Bréfritari: Sigríður Pálsdóttir
Viðtakandi: Páll Pálsson
Dagsetning: A-1863-11-21
Skrifað á: Breiðabólsstað  Rang.
Páll var bróðir Sigríðar

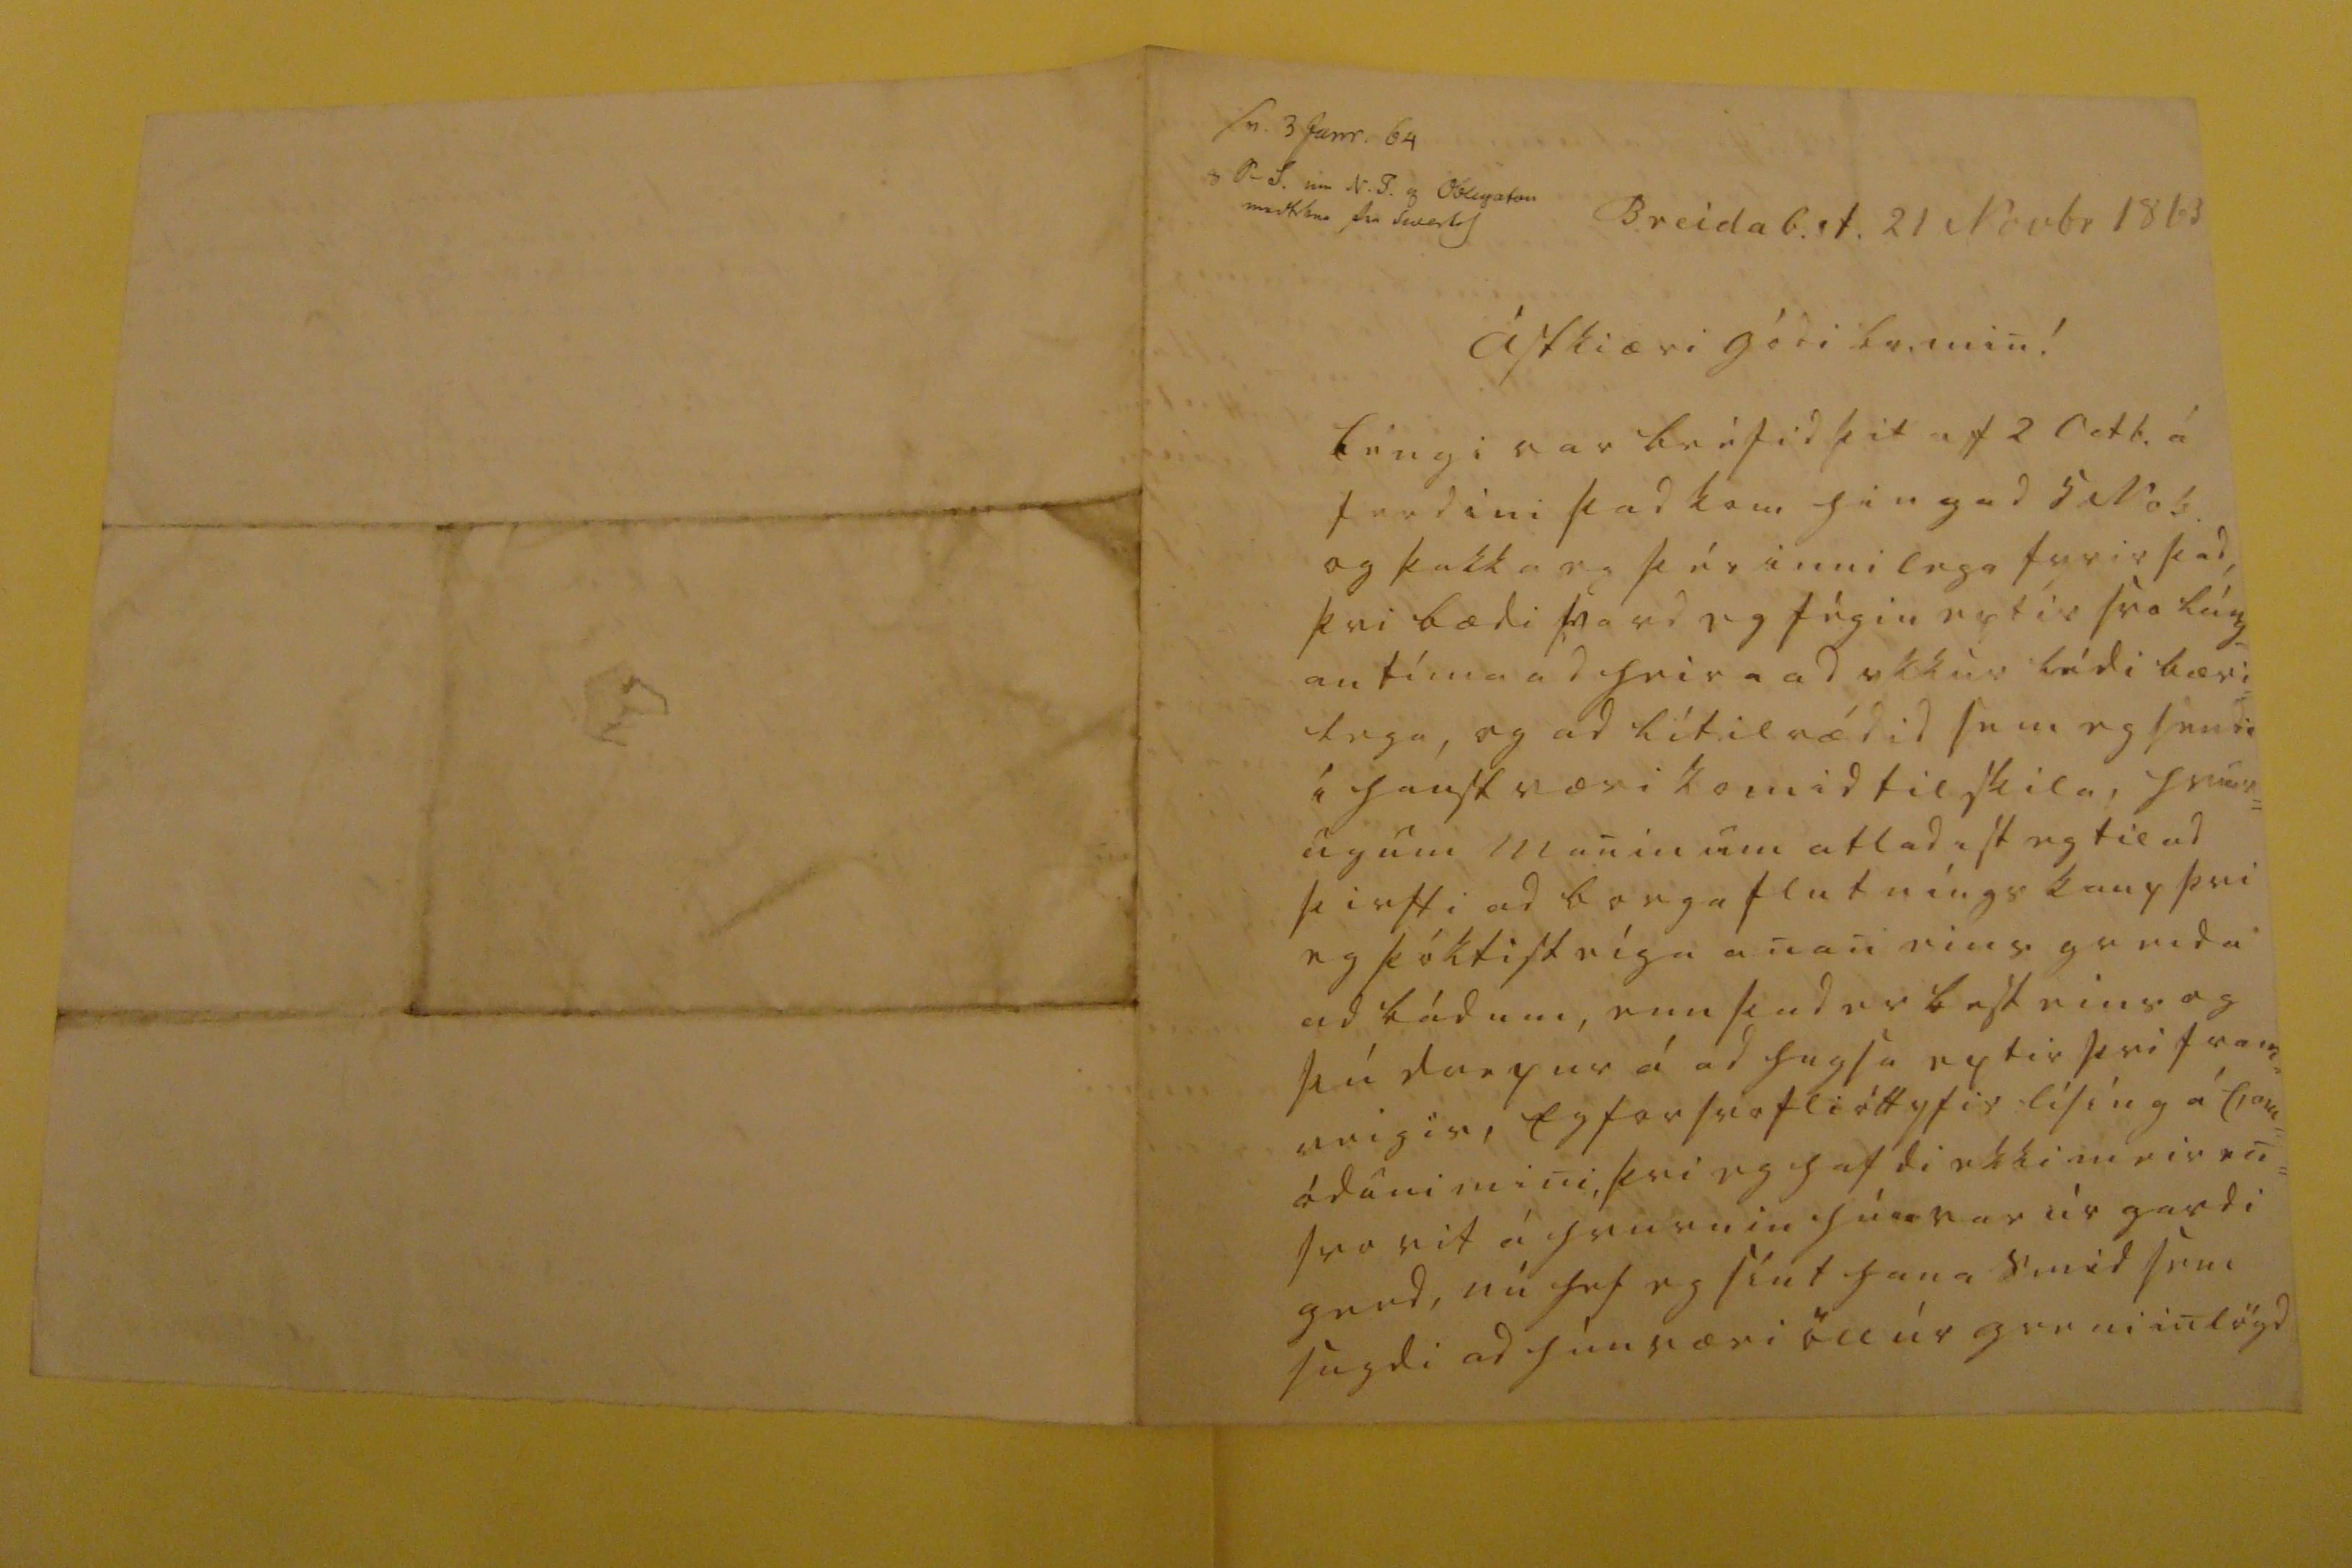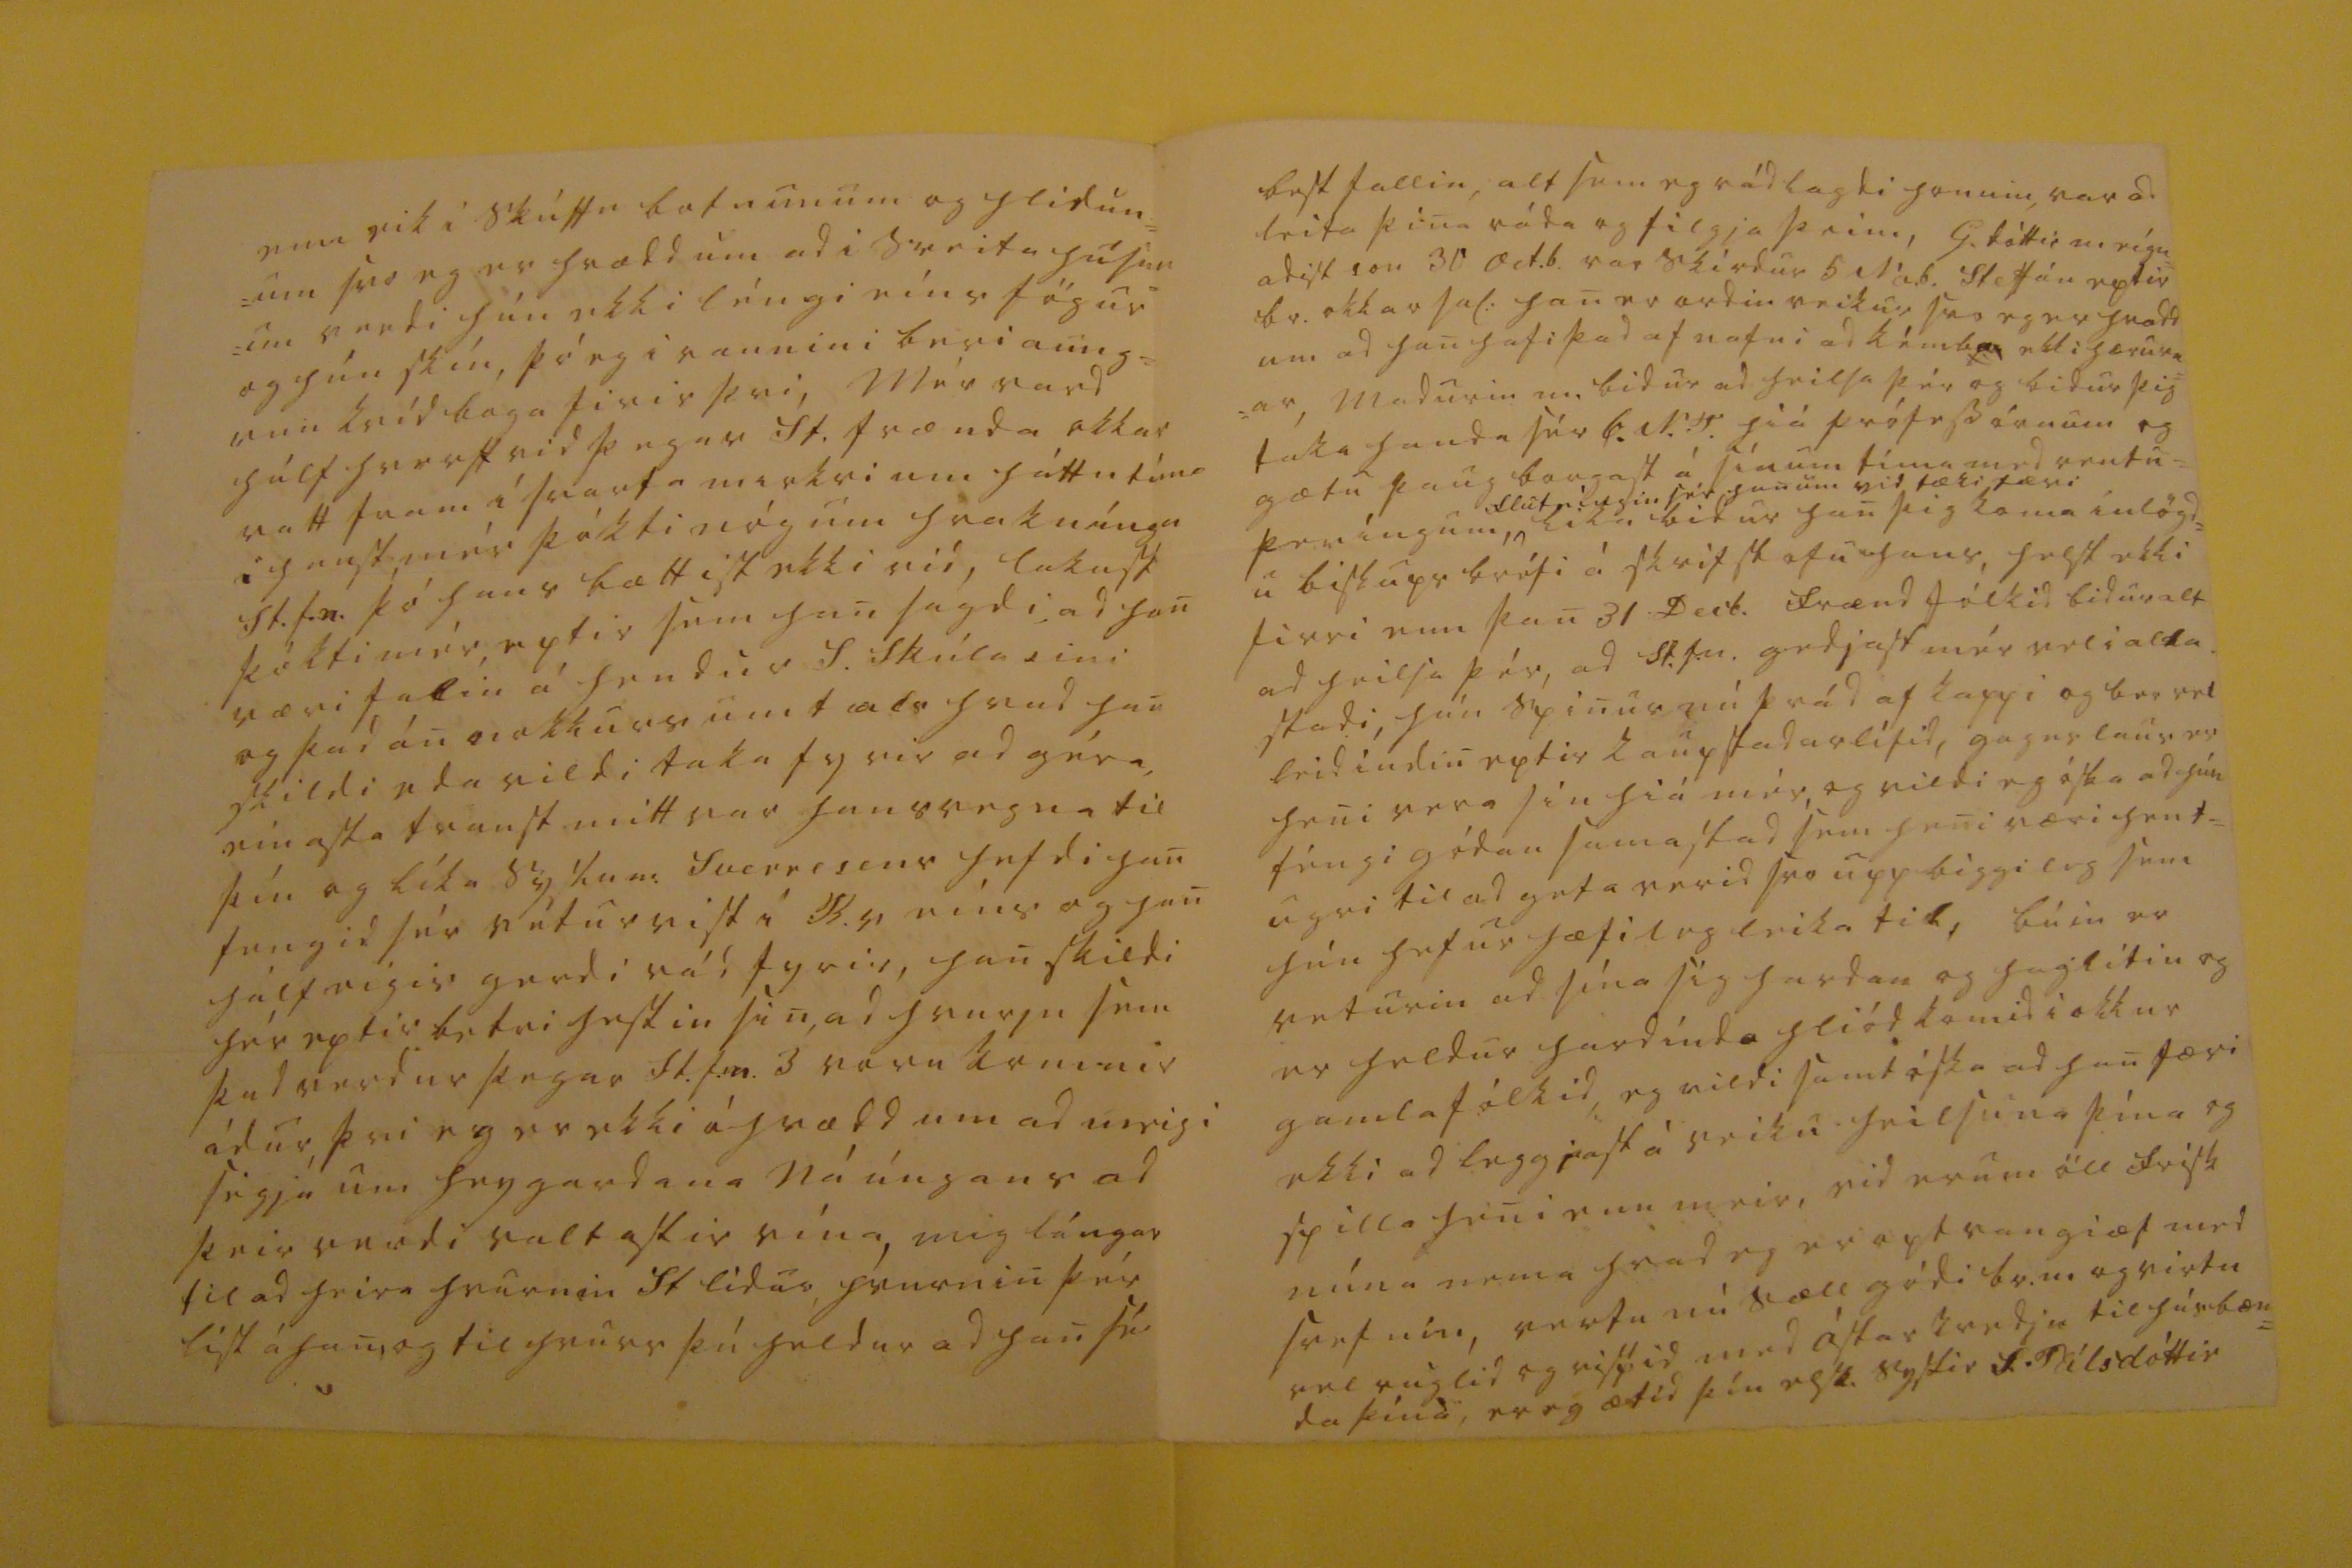

sv. 3 Janr. 64 S f. um N. 0 og 00l0gatan med0000 fra siverts0
Breidab.st. 21 Novbr 1863
ástkiæri gódi br. min!
Léngi var bréfid þit af 2 octb. á ferdini þad kom hingad 5 Nob. og þakka eg þér innilega fyrir þad þvi bædi vard eg fégin eptir svo láng= an tíma ad heira ad ykkur lídi bæri= lega, og ad lítilrædid sem eg sendi í haust væri komid til skila, hvur= ugum maninum atladist eg til ad þirfti ad borga flutníngs kaup þvi eg þóktist eíga anan eins greida ad bádum, enn þad er best eins og þú drepur á ad hugsa eptir þvi fram= veigis, Eg for svo fliótt yfir lísing á Com= óduni mini, þvi eg hafdi ekki meir en svo vit á hvurnin hún var úr gardi gerd, nú hef eg sínt hana smid sem sagdi ad hún væri öll úr greni inlögd
enn eik i skúffu botnunum og hlidun= um svo eg er hrædd um ad i sveita húsun= um verdi hún ekki léngi eins fögur og hún skín, þó eg i raunini beri aung= um kvíd baga firir þvi, Mér vard hálf hverft vid þegar St. frænda okkar vatt fram í svarta mirkri um háttatíma i haust mér þókti nóg um hraknínga St.f.n. þó hans bættist ekki vid, lakast þókti mér, eptir sem han sagdi ad han væri falin á hendur S. Skúlasini og þad án nokkurs umtals hvad han skildi eda vildi taka fyrir ad géra, einasta traust mitt var hans vegna til þín og líka syslum.
Sverrisins
hefdi han fengid sér veturvist í R.v eins og han hálfvigis gerdi rád fyrir, han skildi hér eptir betri hestin sin, ad hvurju sem þad verdur þegar St.f.n. 3 voru komnir ádur, þvi eg er ekki áhrædd um ad meigi segja um heygardana náúngans ad þeir verdi valtastir vina, mig lángar til ad heira hvurnin St lídur, hvurnin þér list á han, og til hvurs þú heldur ad han sé
best fallin, alt sem eg rádlagdi honum, var ad leita þina ráda og filgja þeim, G. dóttir m eígn= adist son 30 Oct.b. var skírdur 5 No.b. Steffán eptir br. okkar sal: han er ordin veikur svo eg er hrædd um ad han hafi þad af nafni ad kémba ekki hærurn= ar, madurin m. bidur ad heilsa þér og bidur þig taka handa sér 6. N.
0.
hiá prófessórnum og gætu þaug borgast á sínum tíma med rentu= peníngum,
flutníngin sér han um vid tækifæri
lika bidur han þig koma inlögd= u biskups bréfi á skrifstofu hans, helst ekki firri enn þan 31 Decb. frændfólkid bidur alt ad heilsa þér, ad St.f.n. gedjast mér vel i alla stadi, hún spinur nú þrád af kappi og ber vel leidindin eptir kaupstadarlífid, gagnslaus er heni vera sín hiá mér, og vildi eg óska ad hún féngi gódan samastad sem heni væri hent= ugri til ad geta verid svo upp biggileg sem hún hefur hæfilegleika til, búin er veturin ad sína sig hardan og haglítin og er heldur hardínda hliód komid i okkur gamla fólkid, eg vildi samt óska ad han færi ekki ad leggjast á veiku heilsuna þína og spilla heni enn meir, vid erum öll frisk núna nema hvad eg er opt vangiæf med svefnin, vertu nú sæll gódi br. m og virtu vel ruglid og rissid med ástarkvedju til húsbæn= da þína,
er eg ætíd þín elsk. systir S. Pálsdóttir